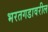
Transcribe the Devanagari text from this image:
भरतगडावरील